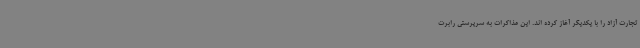
تجارت آزاد را با یکدیگر آغاز کرده اند. این مذاکرات به سرپرستی رابرت